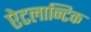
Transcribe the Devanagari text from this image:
ऐटलान्टिक